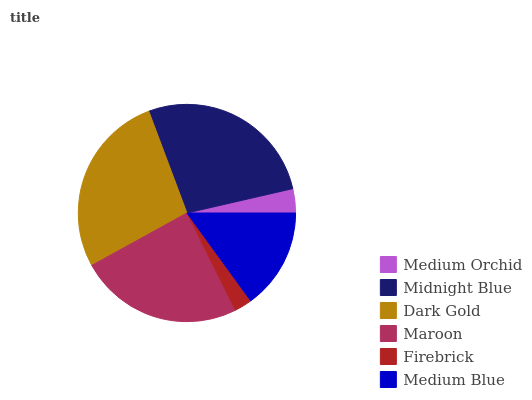
| Medium Orchid | Midnight Blue | Dark Gold | Maroon | Firebrick | Medium Blue |
 | --- | --- | --- | --- | --- | --- |
 | 3.6% | 27.1% | 27.4% | 24.4% | 2.63% | 15% |